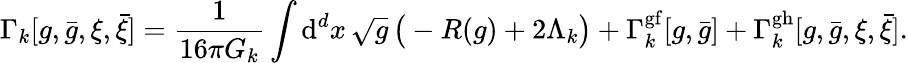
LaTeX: \Gamma_{k}[g,{\bar{g}},\xi,{\bar{\xi}}]={\frac{1}{16\pi G_{k}}}\int{\mathrm{d}}^{d}x\, {\sqrt{g}}\, {\big(}-R(g)+2\Lambda_{k}{\big)}+\Gamma_{k}^{\mathrm{gf}}[g,{\bar{g}}]+\Gamma_{k}^{\mathrm{gh}}[g,{\bar{g}},\xi,{\bar{\xi}}].